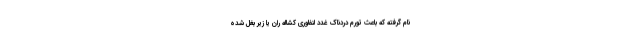
نام گرفته که باعث تورم دردناک غدد لنفاوری کشاله ران یا زیر بغل شده